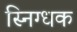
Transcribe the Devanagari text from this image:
स्निग्धक